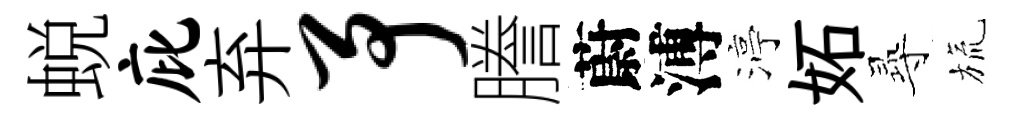
蜕庇弃予謄蔚溥渟妬𡬶旒